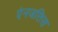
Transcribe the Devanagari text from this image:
एंनजलिस